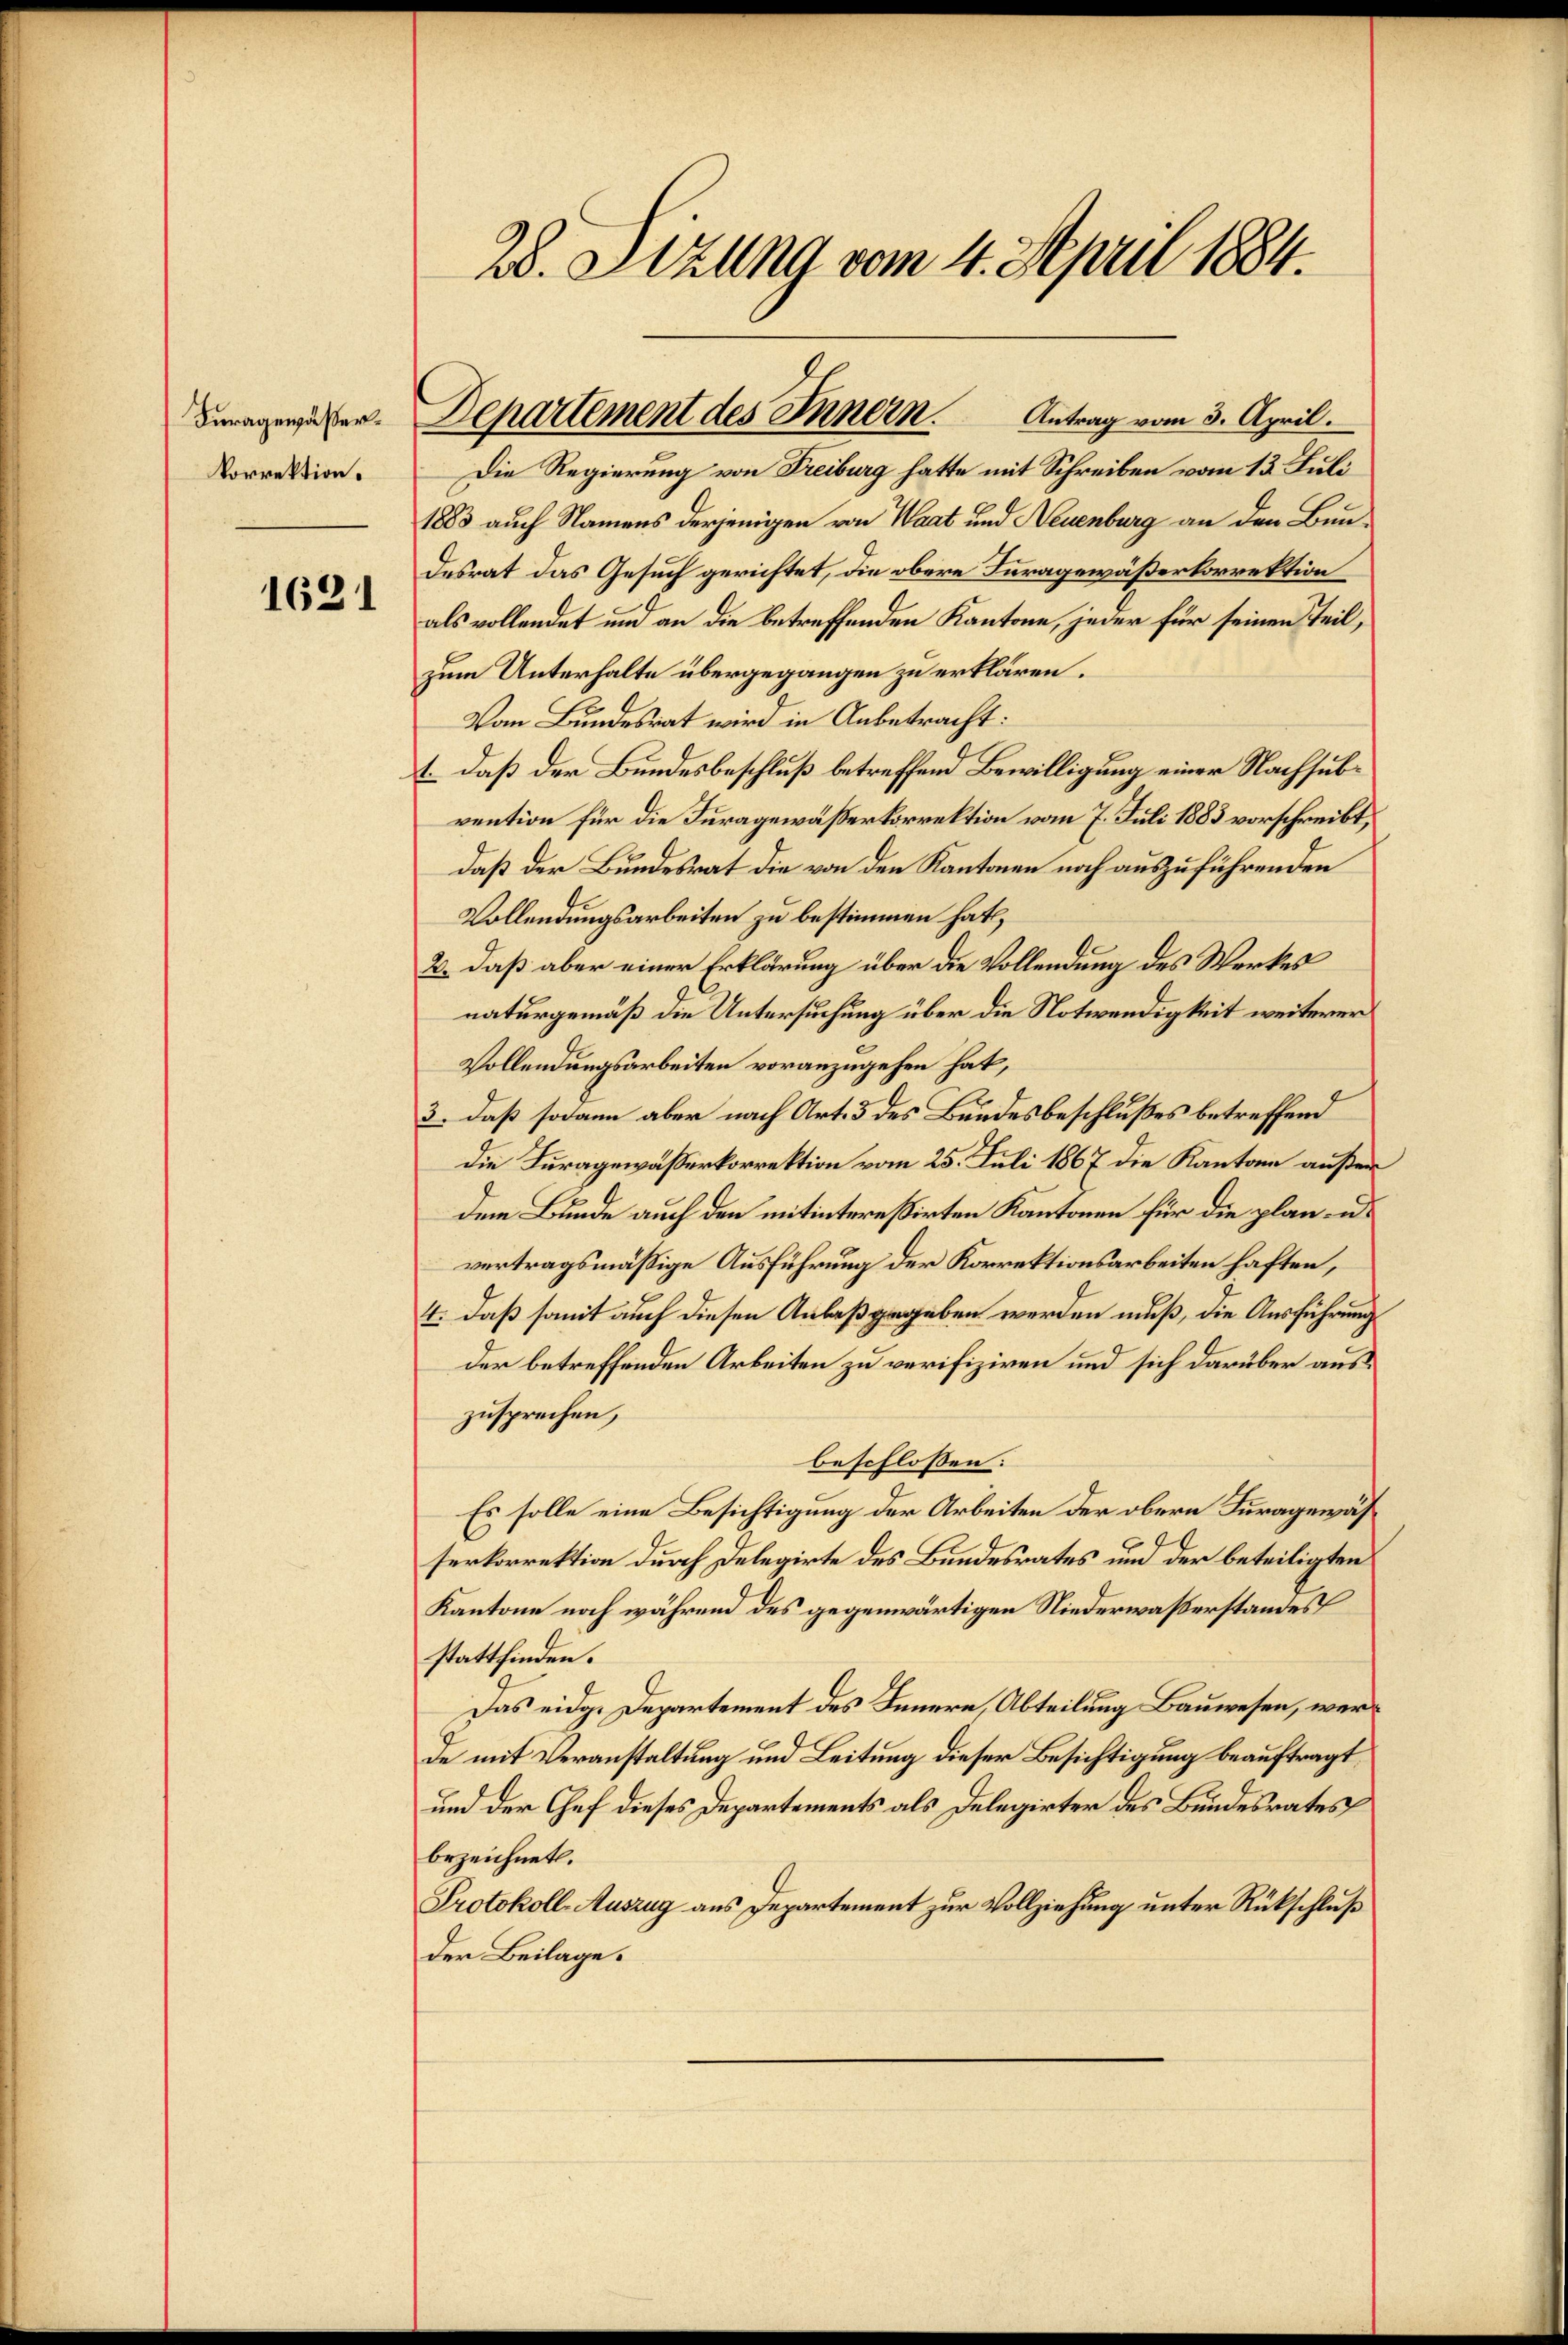
Furagewäßer.
korrektion.

1621

.

28. Sitzung vom 4. April 1884.

Departement des Innern. Antrag vom 3. April.

Die Regierung von Freiburg hatte mit Schreiben vom 13. Juli
1883 auch Namens derjenigen von Waat und Neuenburg an den Bundesrat das Gesuch gerichtet, die obere Furagewäßerkorrektion
als vollendet und an die betreffenden Kantone, jeder für seinen Teil,
zum Unterhalte übergegangen zu erklären.
Vom Bundesrat wird in Anbetracht:
1. daß der Bundesbeschluß betreffend Bewilligung einer Nachsubvention für die Furagewässerkorrektion vom 7. Juli 1883 vorschreibt,
daß der Bundesrat die von den Kantonen noch auszuführenden
1
Vollendungsarbeiten zu bestimmen hat,
2. daß aber einer Erklärung über die Vollendung des Werkes
naturgemäß die Untersuchung über die Notwendigkeit weiterer
Vollendungsarbeiten voranzugehen hat,
3. daß sodann aber nach Art. 3 des Bundesbeschlußes betreffend
Die Kuragewäßerkorrektion vom 25. Juli 1867 die Kantone außer
dem Bunde auch den mitinteressirten Kantonen für die planens
vertragsmäßige Ausführung der Korrektionsarbeiten haften,
4. daß somit auch diesen Anlaß gegeben werden muß, die Ausführungs
der betreffenden Arbeiten zu verifiziren und sich darüber auszusprechen,
beschlossen:
Es solle eine Besichtigung der Arbeiten der obern Furagewässerkorrektion durch Delegirte des Bundesrates und der beteiligten
Kantone noch während des gegenwärtigen Niederwaßerstandes
stattfinden.
Das eidg. Departement des Innern, Abteilung Bauwesen, werde mit Veranstaltung und Leitung dieser Besichtigung beauftragt,
und der Chef dieses Departements als Delegirter des Bundesrates
bezeichnet.
Protokoll-Auszug aus Departement zur Vollziehung unter Rückschluß
der Beilage.